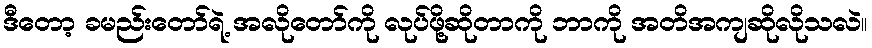
ဒီတော့ ခမည်းတော်ရဲ့ အလိုတော်ကို လုပ်ဖို့ဆိုတာကို ဘာကို အတိအကျဆိုလိုသလဲ။